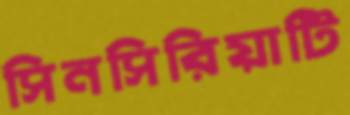
সিনসিরিয়াটি